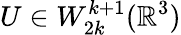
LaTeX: U\in W_{2k}^{k+1}({\mathbb R}^{3})